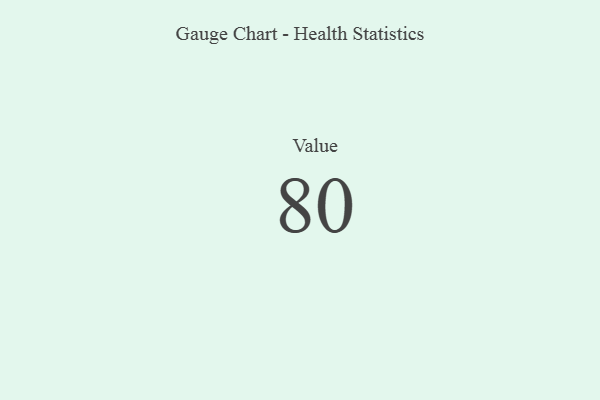
{"axis": {"x": "Metric", "y": "Value"}, "legend": [""], "data": [{"x": "Value", "y": 80, "type": ""}]}